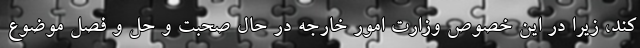
کند، زیرا در این خصوص وزارت امور خارجه در حال صحبت و حل و فصل موضوع